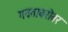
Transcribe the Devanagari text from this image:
गवताबरोबर